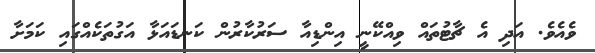
ވެެއެވެ. އަދި އެ ޗާޓުތައް ވިއްކޭނީ އިންޑިއާ ސަރުކާރުން ކަނޑައަޅާ އަގުތަކެއްގައި ކަމަށާ